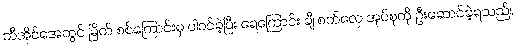
ဘီအိုင်အေတွင် မြိတ် စစ်ကြောင်းမှ ပါဝင်ခဲ့ပြီး ရေကြောင်း ချီ စက်လှေ အုပ်စုကို ဦးဆောင်ခဲ့ရသည်။